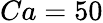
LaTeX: Ca=50